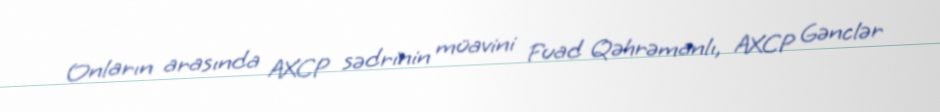
Onların arasında AXCP sədrinin müavini Fuad Qəhrəmanlı, AXCP Gənclər